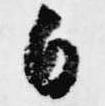
白